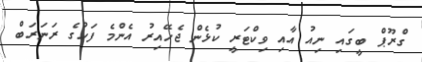
ގްރޫޕް ބީގައި ނިއު އާއި ވިކްޓަރީ ކުޅެން ޖެހޭއިރު އެންމެ ފަހުގެ ރަނަރަބް